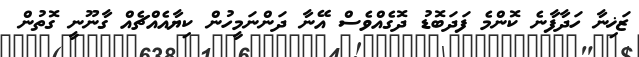
ޒަޚިނާ ހަދާފާނެ ކޮންމެ ފަދަބޮޑު ދޮގެއްވެސް އޭނާ ދަންނަމީހުން ކިޔާއެއްޗެއް ގާނޫނީ ގޮތުން